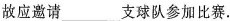
故应邀请___支球队参加比赛。